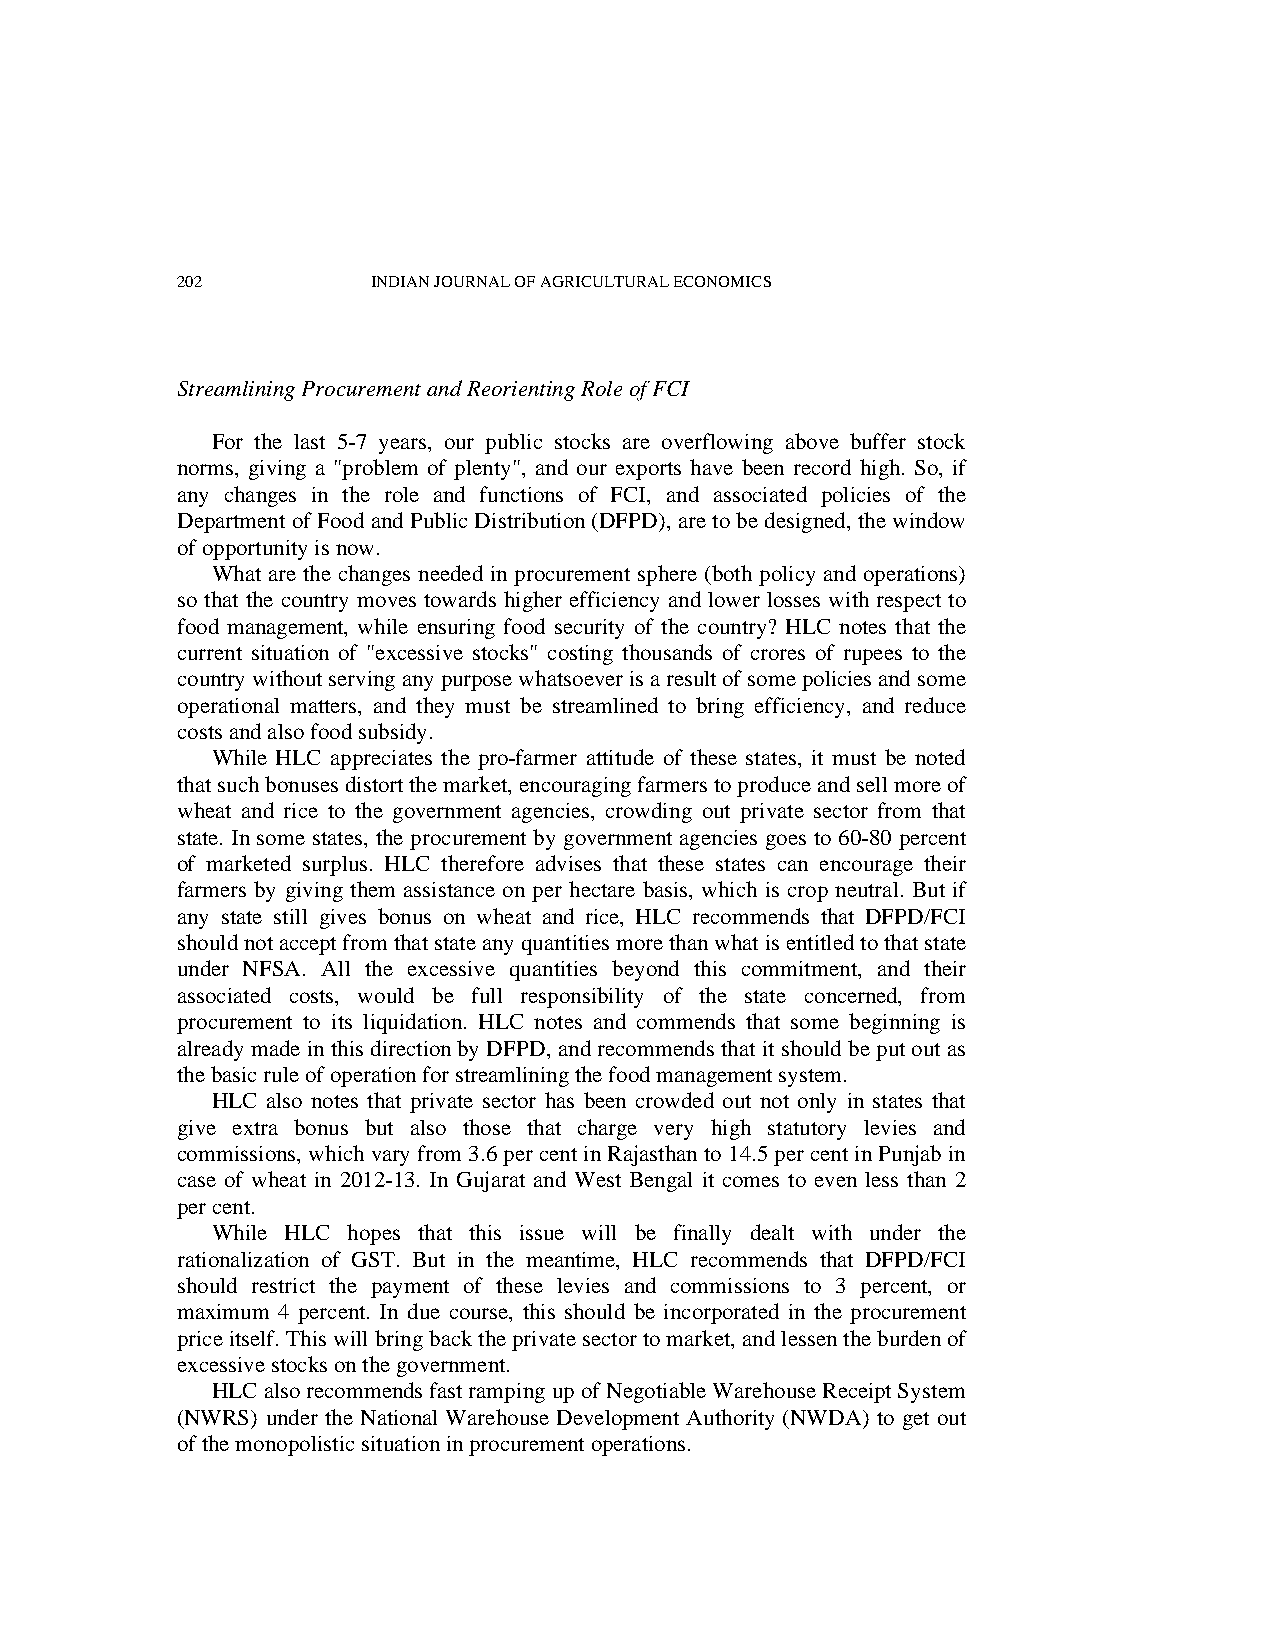
202          INDIAN JOURNAL OF AGRICULTURAL ECONOMICS
 Streamlining Procurement and Reorienting Role of FCI
 For the last 5-7 years, our public stocks are overflowing above buffer stock
 norms, giving a "problem of plenty", and our exports have been record high. So, if
 any changes in the role and functions of FCI, and associated policies of the
 Department of Food and Public Distribution (DFPD), are to be designed, the window
 of opportunity is now.
 What are the changes needed in procurement sphere (both policy and operations)
 so that the country moves towards higher efficiency and lower losses with respect to
 food management, while ensuring food security of the country? HLC notes that the
 current situation of "excessive stocks" costing thousands of crores of rupees to the
 country without serving any purpose whatsoever is a result of some policies and some
 operational matters, and they must be streamlined to bring efficiency, and reduce
 costs and also food subsidy.
 While HLC appreciates the pro-farmer attitude of these states, it must be noted
 that such bonuses distort the market, encouraging farmers to produce and sell more of
 wheat and rice to the government agencies, crowding out private sector from that
 state. In some states, the procurement by government agencies goes to 60-80 percent
 of marketed surplus. HLC therefore advises that these states can encourage their
 farmers by giving them assistance on per hectare basis, which is crop neutral. But if
 any state still gives bonus on wheat and rice, HLC recommends that DFPD/FCI
 should not accept from that state any quantities more than what is entitled to that state
 under NFSA. All the excessive quantities beyond this commitment, and their
 associated costs, would be full responsibility of the state concerned, from
 procurement to its liquidation. HLC notes and commends that some beginning is
 already made in this direction by DFPD, and recommends that it should be put out as
 the basic rule of operation for streamlining the food management system.
 HLC also notes that private sector has been crowded out not only in states that
 give extra bonus but also those that charge very high statutory levies and
 commissions, which vary from 3.6 per cent in Rajasthan to 14.5 per cent in Punjab in
 case of wheat in 2012-13. In Gujarat and West Bengal it comes to even less than 2
 per cent.
 While HLC hopes that this issue will be finally dealt with under the
 rationalization of GST. But in the meantime, HLC recommends that DFPD/FCI
 should restrict the payment of these levies and commissions to 3 percent, or
 maximum 4 percent. In due course, this should be incorporated in the procurement
 price itself. This will bring back the private sector to market, and lessen the burden of
 excessive stocks on the government.
 HLC also recommends fast ramping up of Negotiable Warehouse Receipt System
 (NWRS) under the National Warehouse Development Authority (NWDA) to get out
 of the monopolistic situation in procurement operations.